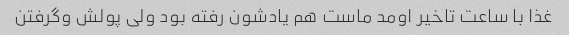
غذا با ساعت تاخیر اومد ماست هم یادشون رفته بود ولی پولش و‌گرفتن